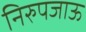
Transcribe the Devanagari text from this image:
निरुपजाऊ